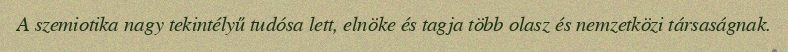
A szemiotika nagy tekintélyű tudósa lett, elnöke és tagja több olasz és nemzetközi társaságnak.